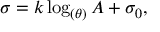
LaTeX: \sigma = k \log _ { ( \theta ) } A + \sigma _ { 0 } ,